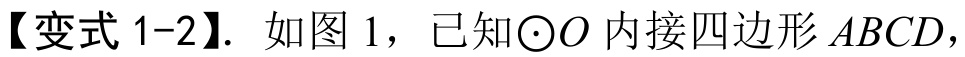
【变式 1-2】. 如图 1，已知\(\odot O\)内接四边形\(ABCD\)，